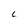
Character: C